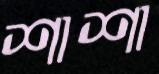
শাশা